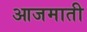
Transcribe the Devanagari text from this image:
आजमाती